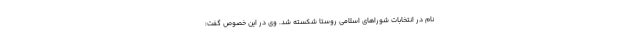
نام در انتخابات شورا‌های اسلامی روستا شکسته شد. وی در این خصوص گفت: